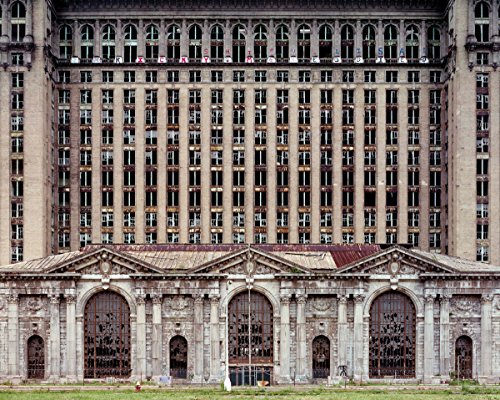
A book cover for Yves Marchand & Romain Meffre: The Ruins of Detroit; Arts & Photography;